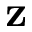
{ \bf z }